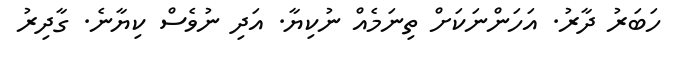
ހަބަރު ދާރު. އަހަންނަކަށް ތިނަމެއް ނުކިޔާ. އަދި ނުވެސް ކިޔާނެ. ގާދިރު